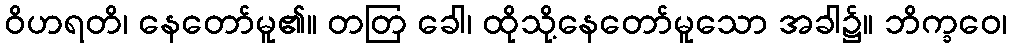
ဝိဟရတိ၊ နေတော်မူ၏။ တတြ ခေါ၊ ထိုသို့နေတော်မူသော အခါ၌။ ဘိက္ခဝေ၊